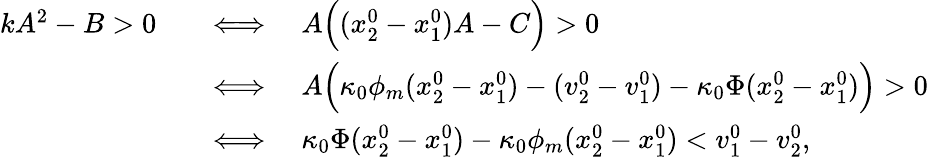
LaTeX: \begin{array}{r}{\begin{array}{rl}{kA^{2}-B>0\quad}&{\Longleftrightarrow\quad A\Big((x_{2}^{0}-x_{1}^{0})A-C\Big)>0}\\ &{\Longleftrightarrow\quad A\Big(\kappa_{0}\phi_{m}(x_{2}^{0}-x_{1}^{0})-(v_{2}^{0}-v_{1}^{0})-\kappa_{0}\Phi(x_{2}^{0}-x_{1}^{0})\Big)>0}\\ &{\Longleftrightarrow\quad\kappa_{0}\Phi(x_{2}^{0}-x_{1}^{0})-\kappa_{0}\phi_{m}(x_{2}^{0}-x_{1}^{0})<v_{1}^{0}-v_{2}^{0},}\end{array}}\end{array}